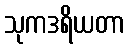
သုကဒရိယတာ